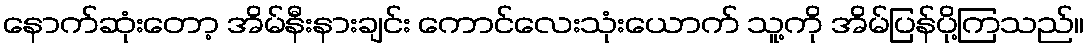
နောက်ဆုံးတော့ အိမ်နီးနားချင်း ကောင်လေးသုံးယောက် သူ့ကို အိမ်ပြန်ပို့ကြသည်။